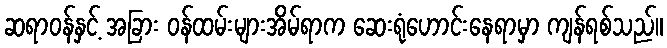
ဆရာဝန်နှင့် အခြား ဝန်ထမ်းများအိမ်ရာက ဆေးရုံဟောင်းနေရာမှာ ကျန်ရစ်သည်။